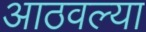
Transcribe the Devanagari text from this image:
आठवल्या